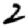
Digit: 2